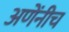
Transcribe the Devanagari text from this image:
अणेंनीच